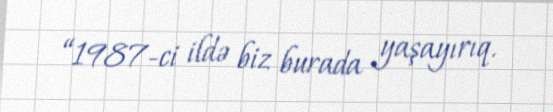
“1987-ci ildə biz burada yaşayırıq.